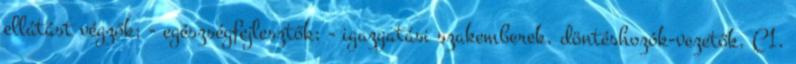
ellátást végzők; - egészségfejlesztők; - igazgatási szakemberek, döntéshozók-vezetők. C1.